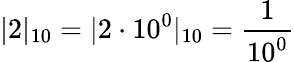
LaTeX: |2|_{10}=|2\cdot 10^{0}|_{10}={\frac{1}{10^{0}}}